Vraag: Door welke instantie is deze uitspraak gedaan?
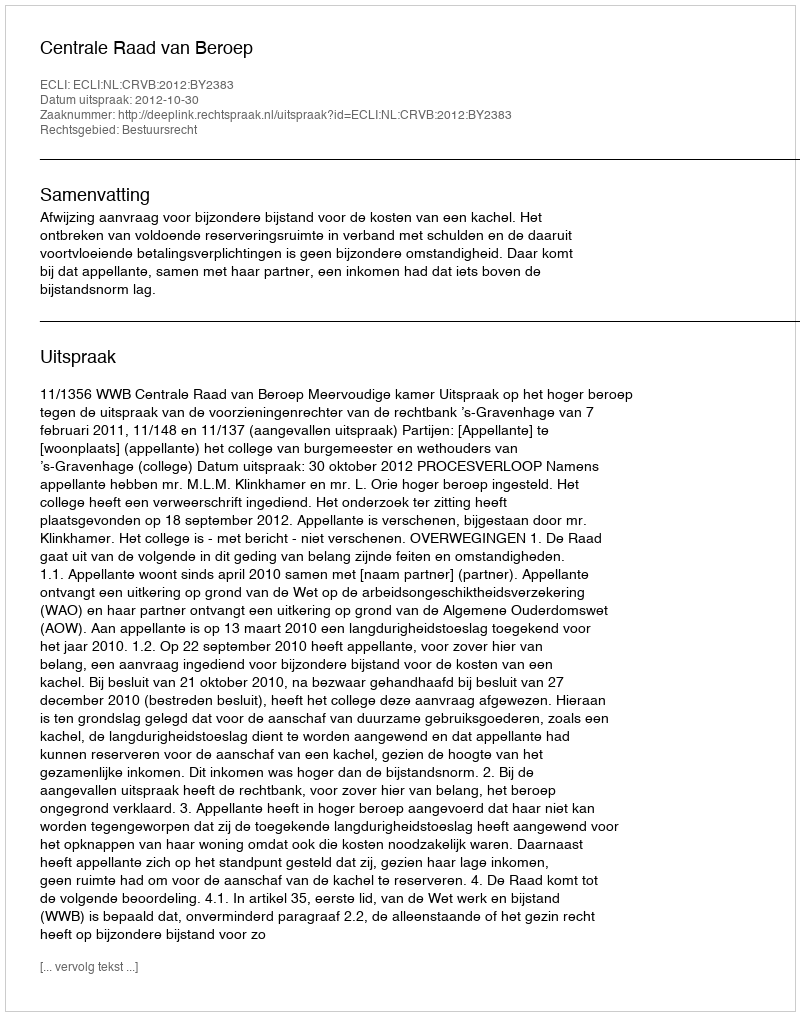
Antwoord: Centrale Raad van Beroep